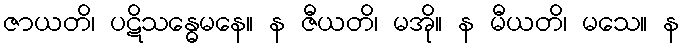
ဇာယတိ၊ ပဋိသန္ဓေမနေ။ န ဇီယတိ၊ မအို။ န မီယတိ၊ မသေ။ န